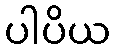
ပါပိယ